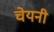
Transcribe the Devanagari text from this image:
चेयनी